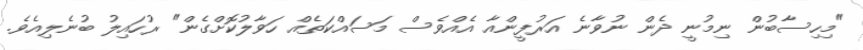
"މިހިސާބުން ނިމުނީ ދެން ނުވާނެ އަރުފީންއާ އެއްވެސް މަސައްކަތެއް ހަވާލުކޮށްގެން" ރުހައިލު ބުނެލިއެވެ.